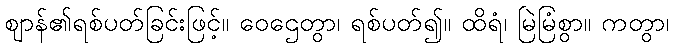
ဈာန်၏ရစ်ပတ်ခြင်းဖြင့်။ ဝေဌေတွာ၊ ရစ်ပတ်၍။ ထိရံ၊ မြဲမြံစွာ။ ကတွာ၊